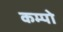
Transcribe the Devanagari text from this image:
कम्पो